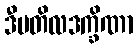
ဒီပတိလဒက္ခိဏာ